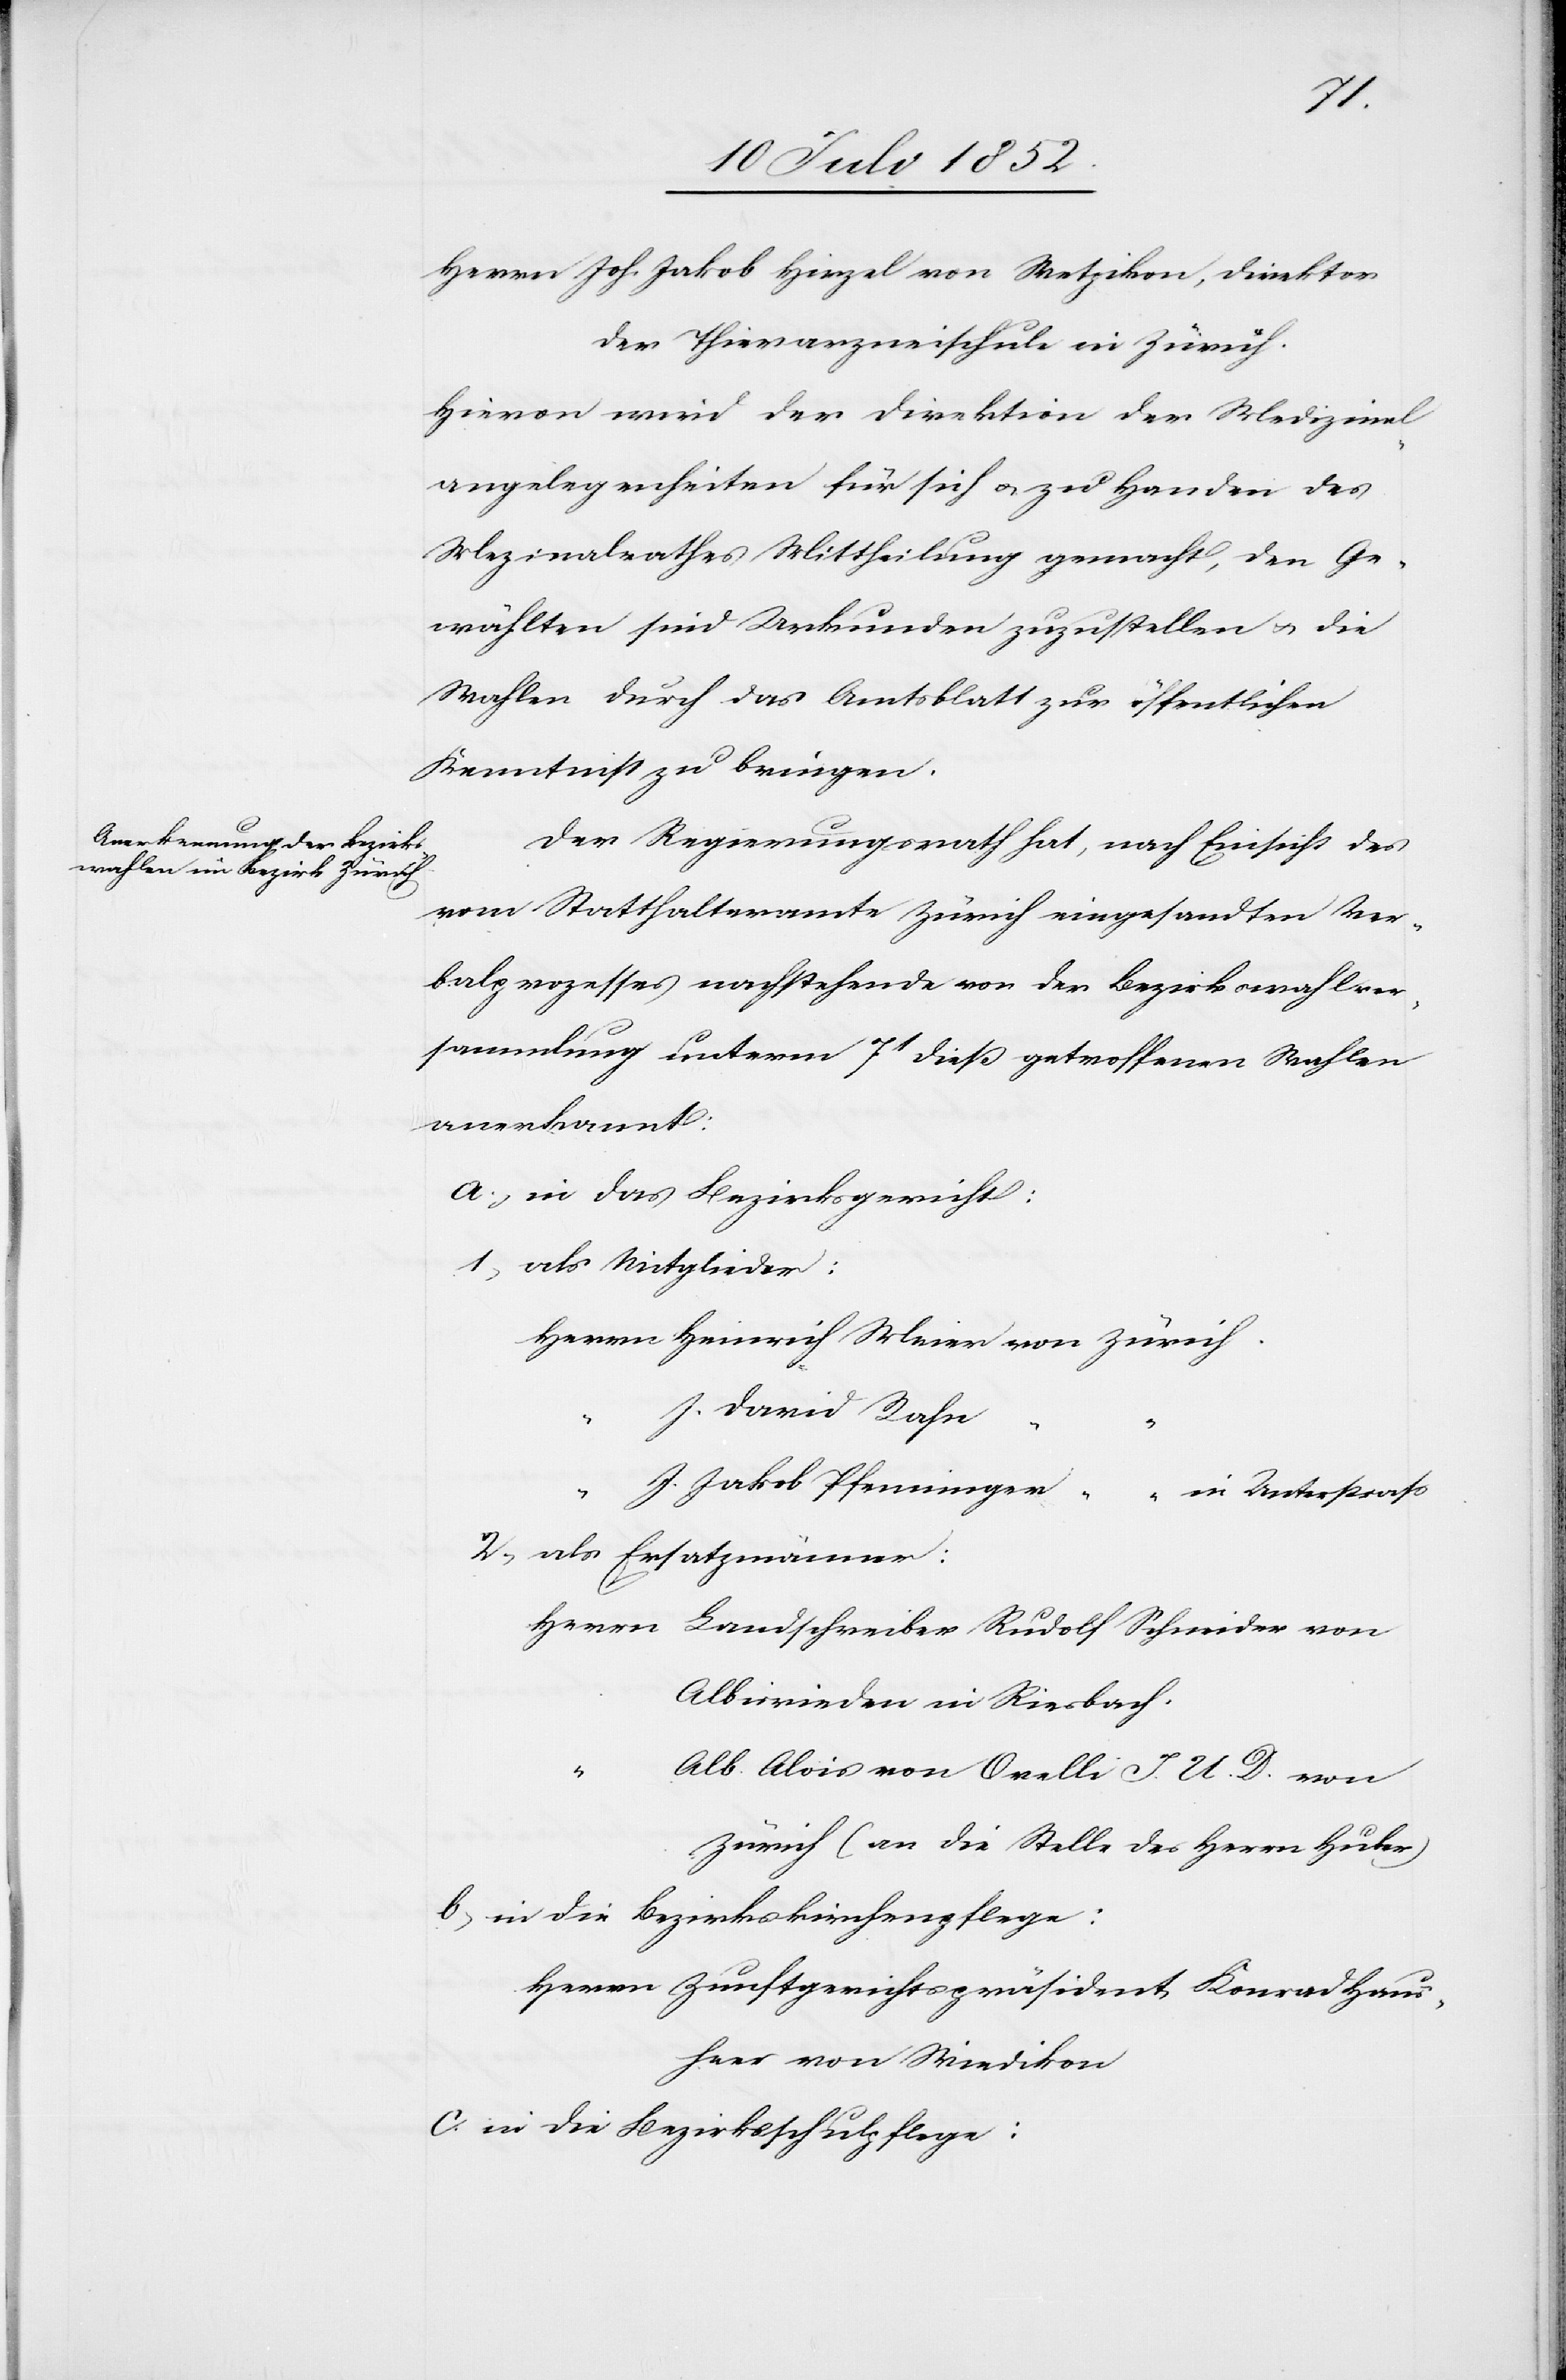
Herrn Joh. Jakob Hirzel von Wetzikon, Direktor
der Thierarzneischule in Zürich.
Hievon wird der Direktion der Medizinal¬
angelegenheiten für sich & zu Handen des
Me[di]zinalrathes Mittheilung gemacht, den Ge¬
wählten sind Urkunden zuzustellen & die
Wahlen durch das Amtsblatt zur öffentlichen
Kenntniß zu bringen.
Der Regierungsrath hat, nach Einsicht des
vom Statthalteramte Zürich eingesandten Ver¬
balprozesses nachstehende von der Bezirkswahlver¬
sammlung unterm 7t dieß getroffenen Wahlen
anerkannt:
in das Bezirksgericht:
als Mitglieder:
Herrn Heinrich Meier von Zürich.
J. David Rahn
J. Jakob Pfenninger [von Zürich] in Unterstrass
als Ersatzmänner:
Herrn Landschreiber Rudolf Schneider von
Albisrieden in Riesbach.
Alb. Alois von Orelli I. U. D. von
Zürich (an die Stelle des Herrn Huber)
in die Bezirkskirchenpflege:
Herrn Zunftgerichtspräsident Konrad Haus¬
heer von Wiedikon
in die Bezirksschulpflege: